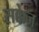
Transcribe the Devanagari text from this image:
सक्केज